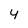
Character: 4